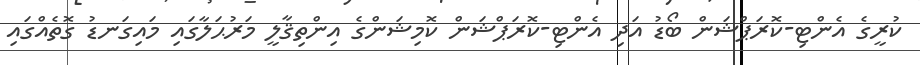
ކުރީގެ އެންޓި-ކޮރަޕްޝަން ބޯޑު އަދި އެންޓި-ކޮރަޕްޝަން ކޮމިޝަންގެ އިންތިޤާލީ މަރުޙަލާގައި މައިގަނޑު ގޮތެއްގައި